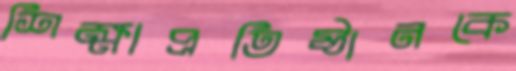
শিক্ষাপ্রতিষ্ঠানকে